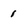
Character: 1